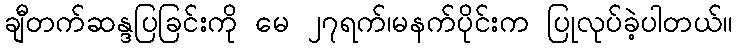
ချီတက်ဆန္ဒပြခြင်းကို မေ ၂၇ရက်၊မနက်ပိုင်းက ပြုလုပ်ခဲ့ပါတယ်။